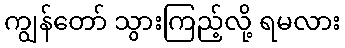
ကျွန်တော် သွားကြည့်လို့ ရမလား